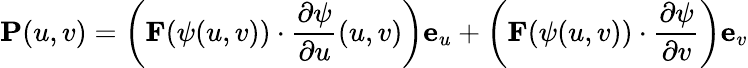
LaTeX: \mathbf{P}(u,v)=\left(\mathbf{F}(\mathbf{\psi}(u,v))\cdot{\frac{\partial\mathbf{\psi}}{\partial u}}(u,v)\right)\mathbf{e}_{u}+\left(\mathbf{F}(\mathbf{\psi}(u,v))\cdot{\frac{\partial\mathbf{\psi}}{\partial v}}\right)\mathbf{e}_{v}